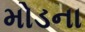
મોડના